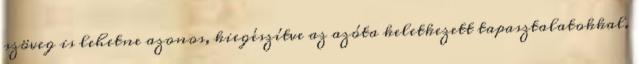
szöveg is lehetne azonos, kiegészítve az azóta keletkezett tapasztalatokkal.